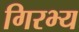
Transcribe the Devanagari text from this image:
गिरभ्य